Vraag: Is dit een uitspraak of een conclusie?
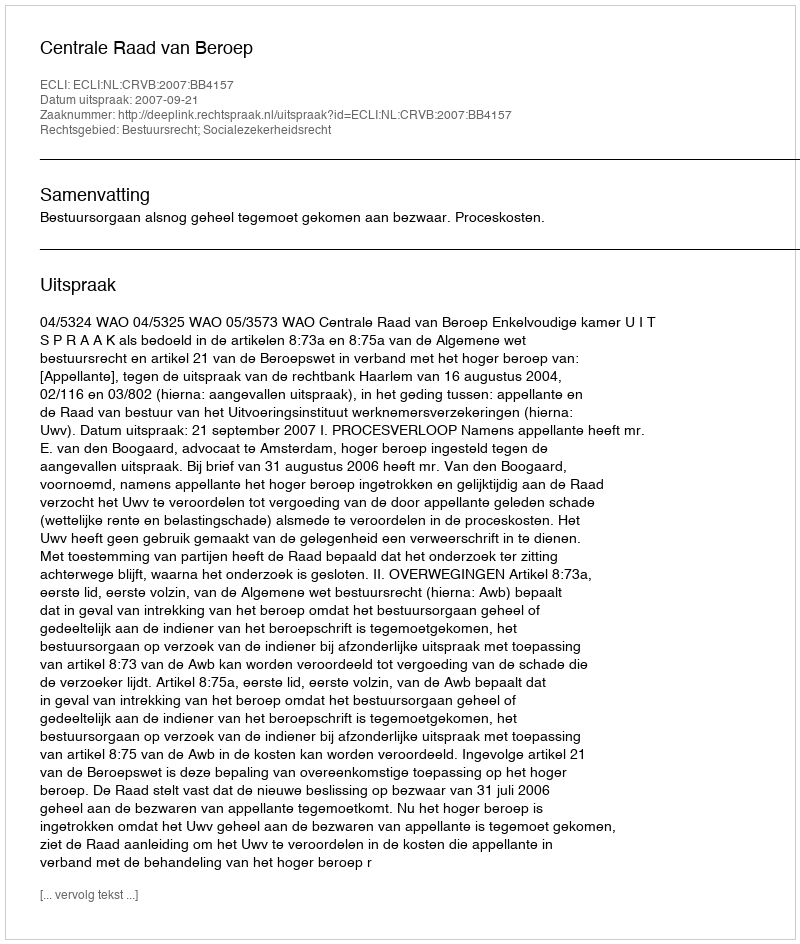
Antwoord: Uitspraak